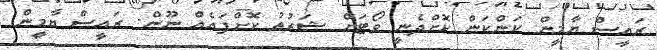
ރައީސް ޔާމީން ކަންކަން ކޮށްދެނީ ވޯޓަށް ޝަރުތު ކޮށްފައެއް ނޫން: ރައީސް ޔާމީން